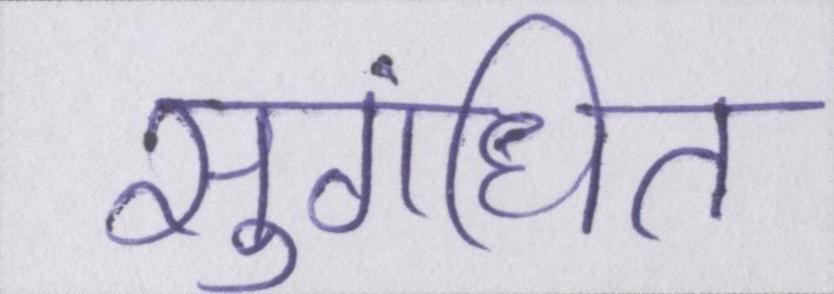
सुगंधित